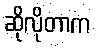
ဆိုလိုတာက